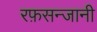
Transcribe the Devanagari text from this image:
रफ़सन्जानी